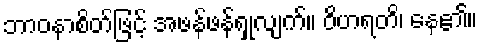
ဘာဝနာစိတ်ဖြင့် အဖန်ဖန်ရှုလျက်။ ဝိဟရတိ၊ နေ၏။